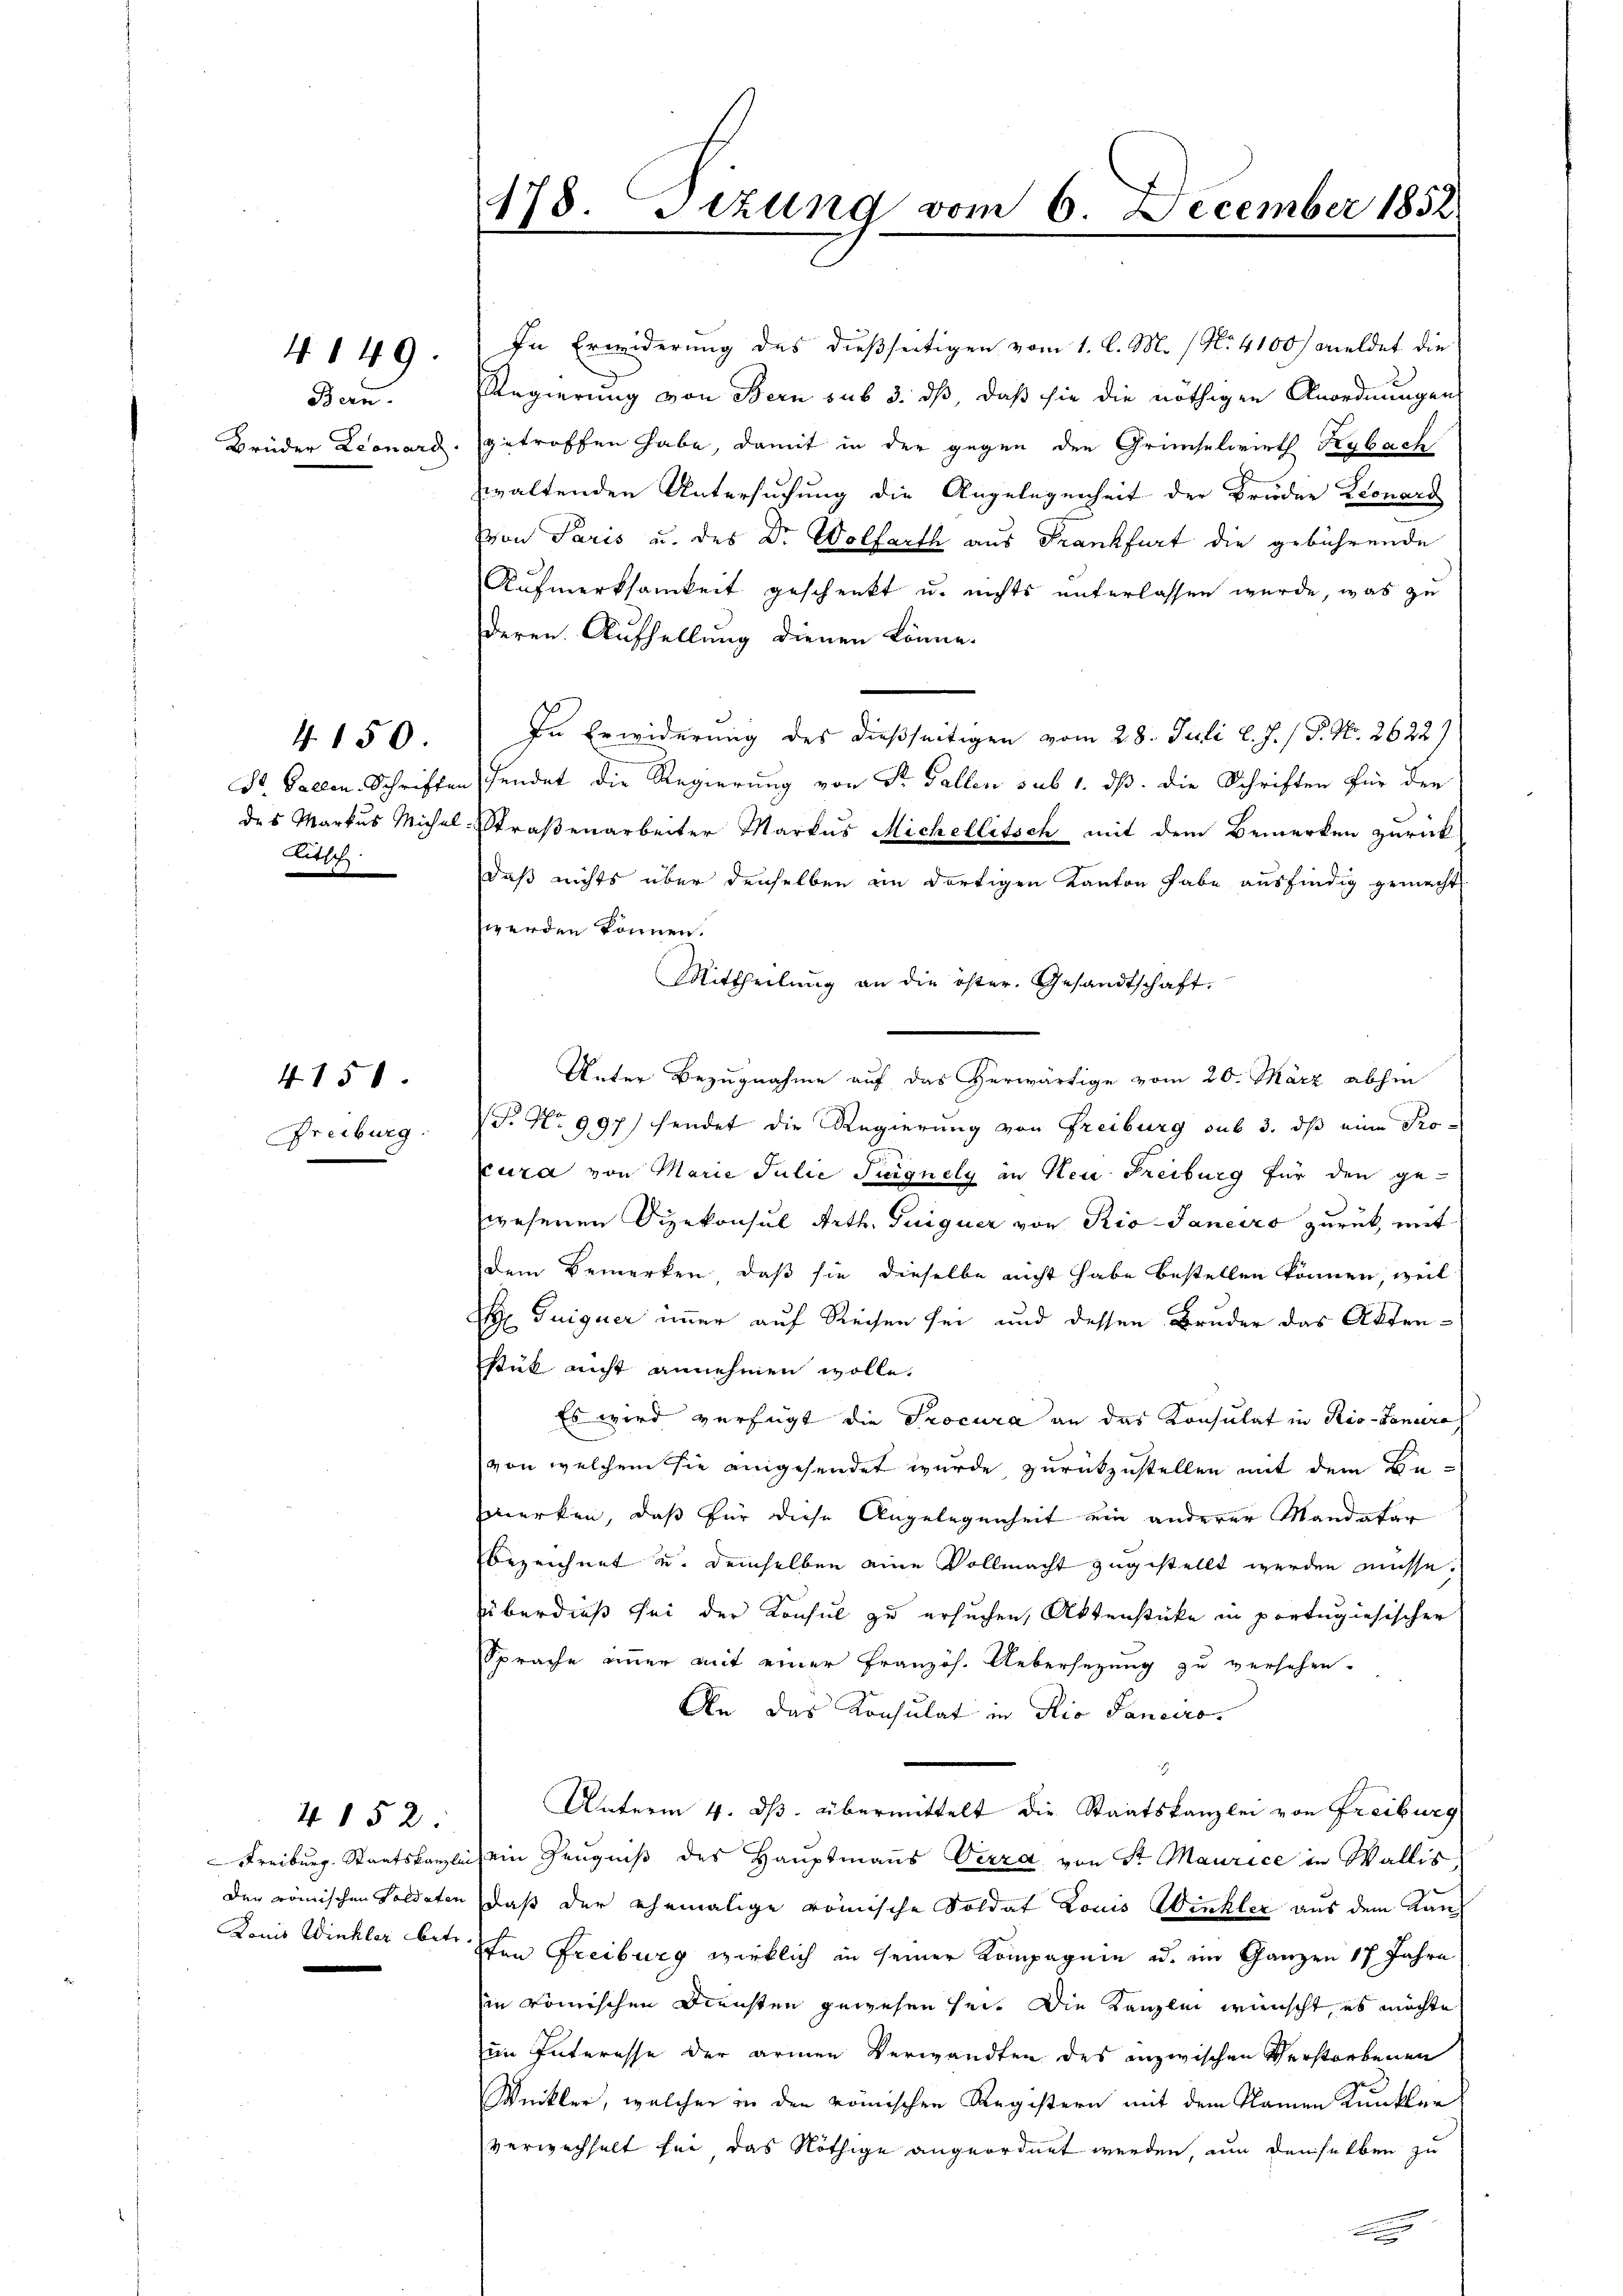
Bern.

4149.

4150.
St. Gallen Schriften
des Markus Michel
Litsch

4150.

Freiburg.

4152:

478. Sizung vom 6. December 1852
.

In Erwiderung des dießseitigen vom 1. l. M. / No. 4100/ meldet die
Regierung von Bern sub 3. ds, daß sie die nöthigen Anordnungen
Brüder Leonard, getroffen habe, damit in der gegen den Grünselwirth Kybach
waltenden Untersuchung die Angelegenheit der Bruder Kronard
von Paris u. des Dr. Wolfarth aus Frankfurt die gebührende
Aufmerksamkeit geschenkt u. nichts unterlassen wurde, was zu
deren Aufhellung dienen könne.
In Erwiderung des dießseitigen vom 28. Juli l. J. / P. Nr. 2622)
hendet die Regierung von St. Gallen sub 1. ds. die Schriften für den
Straßenarbeiter Markus Michellitsch mit dem Bemerken zurück
daß nichts über denselben an dortigen Kanton habe ausfindig gemacht
werden können.
Mittheilung an die öster. Gesandtschaft.
Unter Bezugnahme auf das herwärtige vom 20. März abhin
: No 997 sendet die Regierung von Freiburg sub 3. dß eine Procura von Marie Julie Turgnely in Neue Freiburg für den ge-
wesenen Sizekonsul Arth. Guiguer von Rio-Janeiro zurück, mit
dem Bemerken, daß sie dieselbe nicht habe bestellen können, weil
A Tuiguer immer auf Reisen sei und dessen Bruder das Akten¬
Stuk nicht annehmen wolle.
Es wird verfügt die Procura an das Konsulat in Rio-Landera
von welchem sie angesendet wurde, zurückzustellen mit dem Befmerken, daß für diese Angelegenheit ein anderer Mandatar
bezeichnet u. demselben eine Vollmacht zugestellt werden müsse.
überdieß sei der Konsul zu ersuchen, Aktenstücke in portugisischer
Sprache immer mit einer Französ. Uebersezung zu versehen.
An das Konsulat in Rio Sanciro.
e
Unterm 4. ds. übermittelt die Staatskanzlei von Freiburg
Freiburg. Staatskanzlich ein Zeugniß des Hauptmanns Verza, von Sr. Maurice in Wallis
Der römischen Soldaten daß der ehemalige römische Soldat Louis Winkler aus dem Kan¬
Louis Winkler betr. schen Freiburg wirklich in seiner Kompagnie u. im Ganzen 17 Jahre
in römischen Diensten gewesen sei. Die Kanzlei wünscht, es möchte
im Interesse der armen Verwandten des inzwischen Verstorbenen
Winkler, welcher in den römischen Registern mit dem Namen Kunkler
verwechselt sei das Nöthige angeordnet werden, nun denselben zu